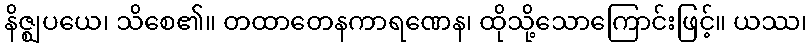
နိဇ္ဈပယေ၊ သိစေ၏။ တထာတေနကာရဏေန၊ ထိုသို့သောကြောင်းဖြင့်။ ယဿ၊